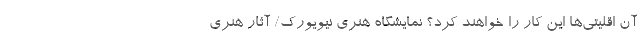
آن اقلیتی‌ها این کار را خواهند کرد؟ نمایشگاه هنری نیویورک/ آثار هنری